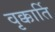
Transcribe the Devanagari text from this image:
वृक्कार्ति